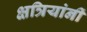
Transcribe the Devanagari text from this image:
क्षत्रियांनीं